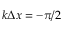
k \Delta x = - \pi / 2